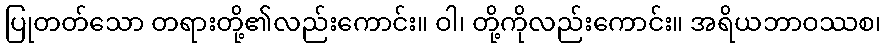
ပြုတတ်သော တရားတို့၏လည်းကောင်း။ ဝါ၊ တို့ကိုလည်းကောင်း။ အရိယဘာဝဿစ၊